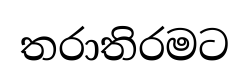
තරාතිරමට